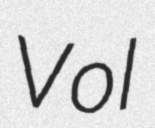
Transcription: Vol